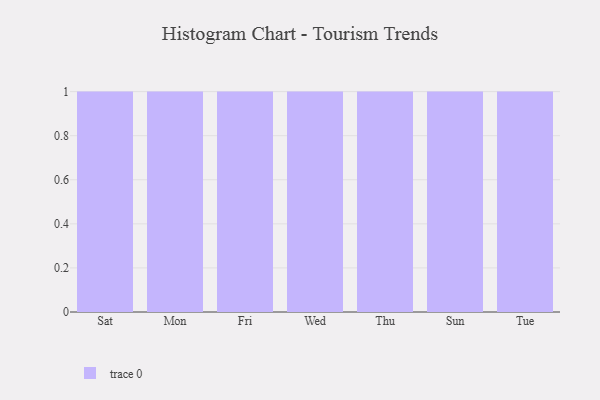
{"axis": {"x": "Day", "y": "Revenue (USD Million)"}, "legend": [""], "data": [{"x": "Sat", "y": 4, "type": ""}, {"x": "Mon", "y": 52, "type": ""}, {"x": "Fri", "y": 11, "type": ""}, {"x": "Wed", "y": 4, "type": ""}, {"x": "Thu", "y": 43, "type": ""}, {"x": "Sun", "y": 44, "type": ""}, {"x": "Tue", "y": 26, "type": ""}]}